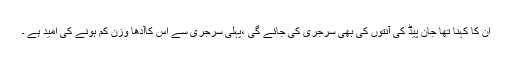
ان کا کہنا تھا جان پیڈ کی آنتوں کی بھی سرجری کی جائے گی ،پہلی سرجری سے اس کاآدھا وزن کم ہونے کی امید ہے ۔